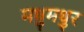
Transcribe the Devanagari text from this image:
मधुमधुर